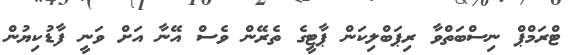
ޓްރަމްޕް ނިސްބަތްވާ ރިޕަބްލިކަން ޕާޓީގެ ތެރޭން ވެސް އޭނާ އަށް ވަނީ ފާޑުކިޔުން